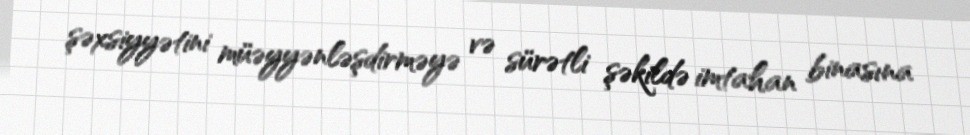
şəxsiyyətini müəyyənləşdirməyə və sürətli şəkildə imtahan binasına